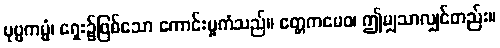
ပုဗ္ဗကမ္မံ၊ ရှေး၌ဖြစ်သော ကောင်းမှုကံသည်။ ဧတ္တကမေဝ၊ ဤမျှသာလျှင်တည်း။